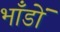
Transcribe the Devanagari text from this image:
भाँडों